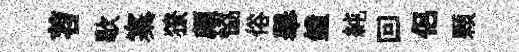
苕歇寨獠頗恊俗舉鐘純回侶顆